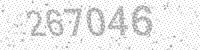
Solution: 267046